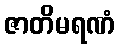
ဇာတိမရဏံ